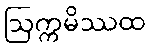
ဩက္ကမိဿထ